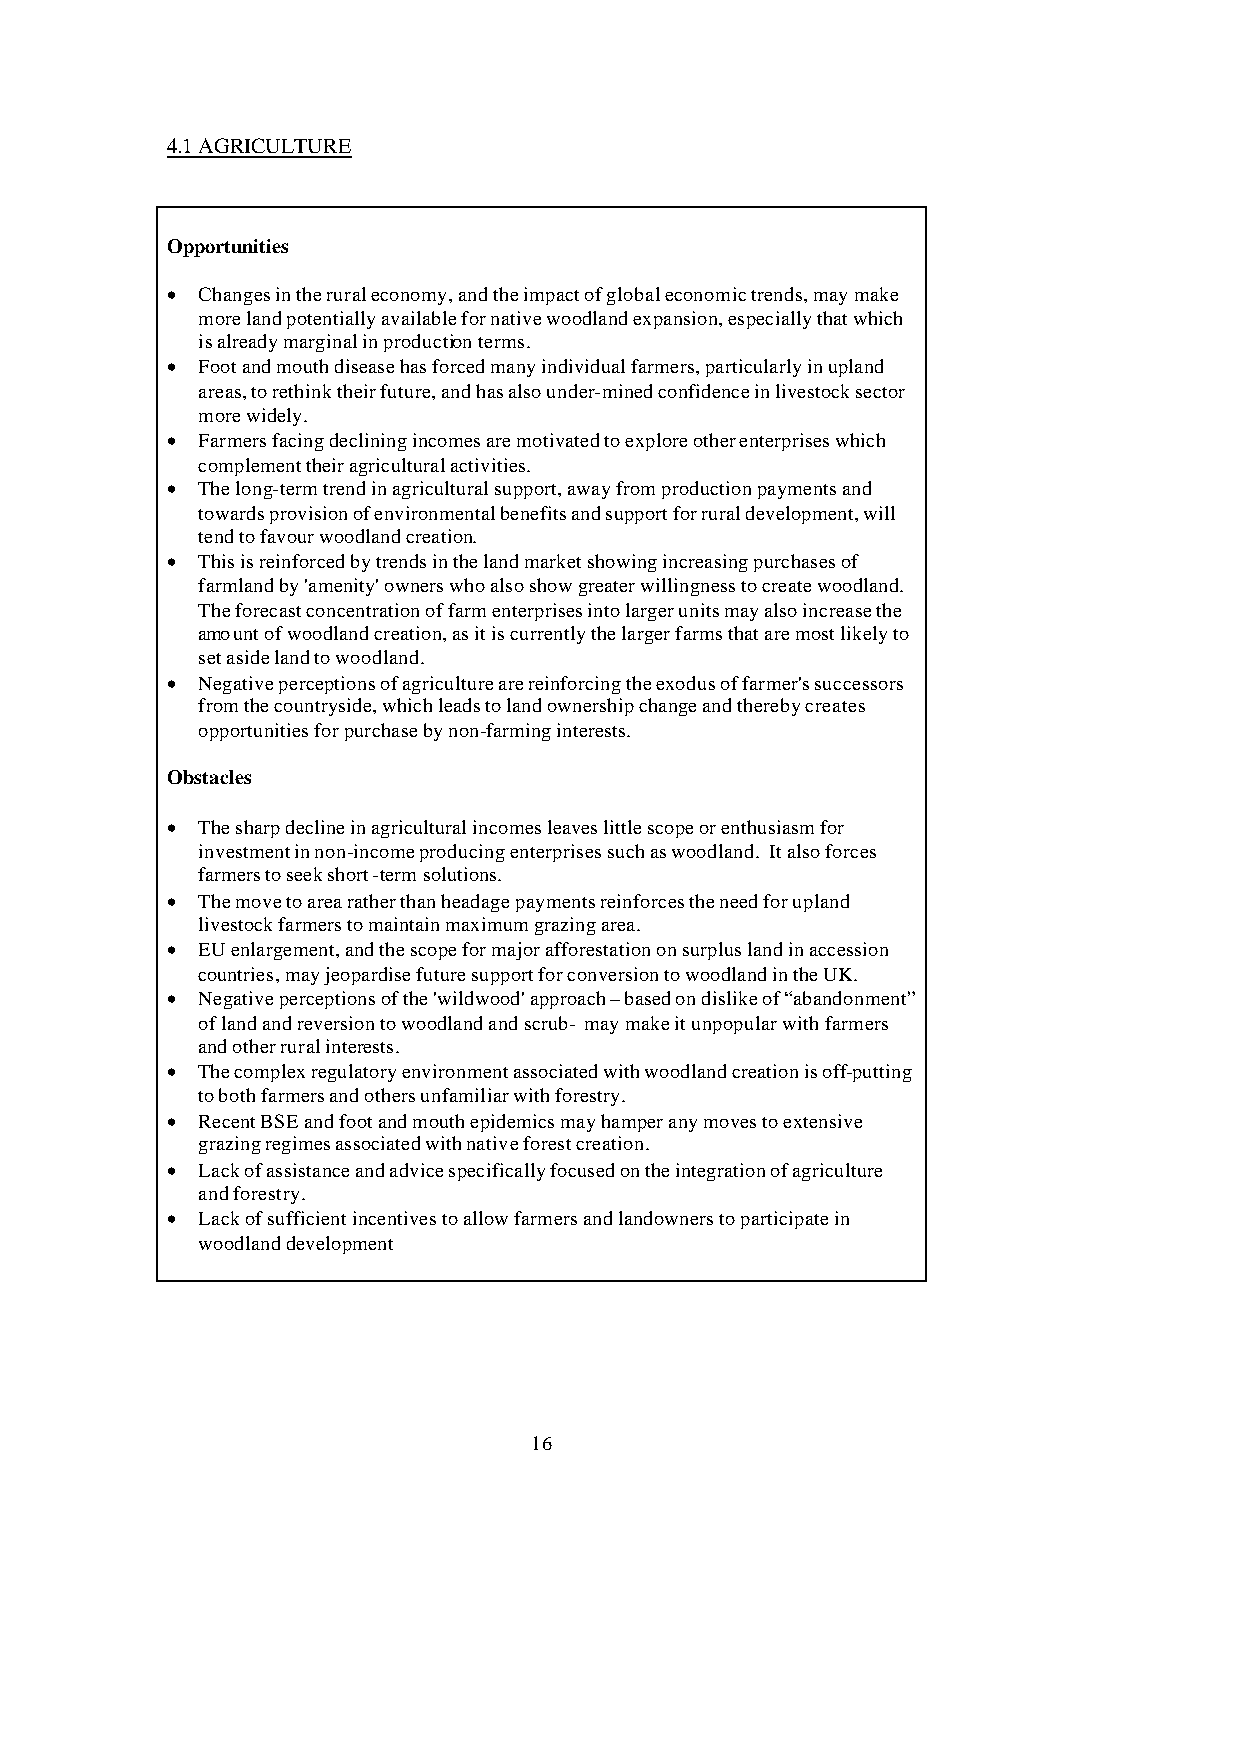
4.1 AGRICULTURE
 Opportunities
 • Changes in the rural economy, and the impact of global economic trends, may make
 more land potentially available for native woodland expansion, especially that which
 is already marginal in production terms.
 • Foot and mouth disease has forced many individual farmers, particularly in upland
 areas, to rethink their future, and has also under-mined confidence in livestock sector
 more widely.
 • Farmers facing declining incomes are motivated to explore other enterprises which
 complement their agricultural activities.
 • The long-term trend in agricultural support, away from production payments and
 towards provision of environmental benefits and support for rural development, will
 tend to favour woodland creation.
 • This is reinforced by trends in the land market showing increasing purchases of
 farmland by 'amenity' owners who also show greater willingness to create woodland.
 The forecast concentration of farm enterprises into larger units may also increase the
 amount of woodland creation, as it is currently the larger farms that are most likely to
 set aside land to woodland.
 • Negative perceptions of agriculture are reinforcing the exodus of farmer's successors
 from the countryside, which leads to land ownership change and thereby creates
 opportunities for purchase by non-farming interests.
 Obstacles
 • The sharp decline in agricultural incomes leaves little scope or enthusiasm for
 investment in non-income producing enterprises such as woodland. It also forces
 farmers to seek short-term solutions.
 • The move to area rather than headage payments reinforces the need for upland
 livestock farmers to maintain maximum grazing area.
 • EU enlargement, and the scope for major afforestation on surplus land in accession
 countries, may jeopardise future support for conversion to woodland in the UK.
 • Negative perceptions of the 'wildwood' approach – based on dislike of “abandonment”
 of land and reversion to woodland and scrub- may make it unpopular with farmers
 and other rural interests.
 • The complex regulatory environment associated with woodland creation is off-putting
 to both farmers and others unfamiliar with forestry.
 • Recent BSE and foot and mouth epidemics may hamper any moves to extensive
 grazing regimes associated with native forest creation.
 • Lack of assistance and advice specifically focused on the integration of agriculture
 and forestry.
 • Lack of sufficient incentives to allow farmers and landowners to participate in
 woodland development
 16